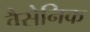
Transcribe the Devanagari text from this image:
वैसेनिक